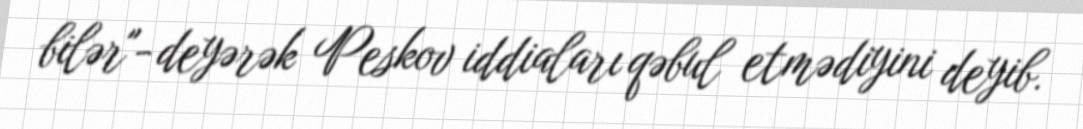
bilər"- deyərək Peskov iddiaları qəbul etmədiyini deyib.